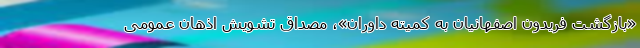
«بازگشت فریدون اصفهانیان به کمیته داوران»، مصداق تشویش اذهان عمومی